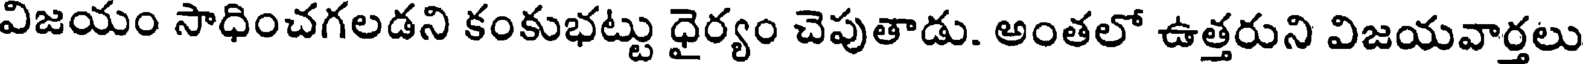
విజయం సాధించగలడని కంకుభట్టు ధైర్యం చెపుతాడు. అంతలో ఉత్తరుని విజయవార్తలు